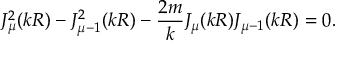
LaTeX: J _ { \mu } ^ { 2 } ( k R ) - J _ { \mu - 1 } ^ { 2 } ( k R ) - \frac { 2 m } { k } J _ { \mu } ( k R ) J _ { \mu - 1 } ( k R ) = 0 .